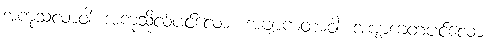
အကုသလာဝါ၊ အကုသိုလ်ပင်လော။ အဗျာကတာဝါ၊ အဗျာကတပင်လော။